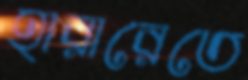
হারারেতে